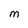
Character: M